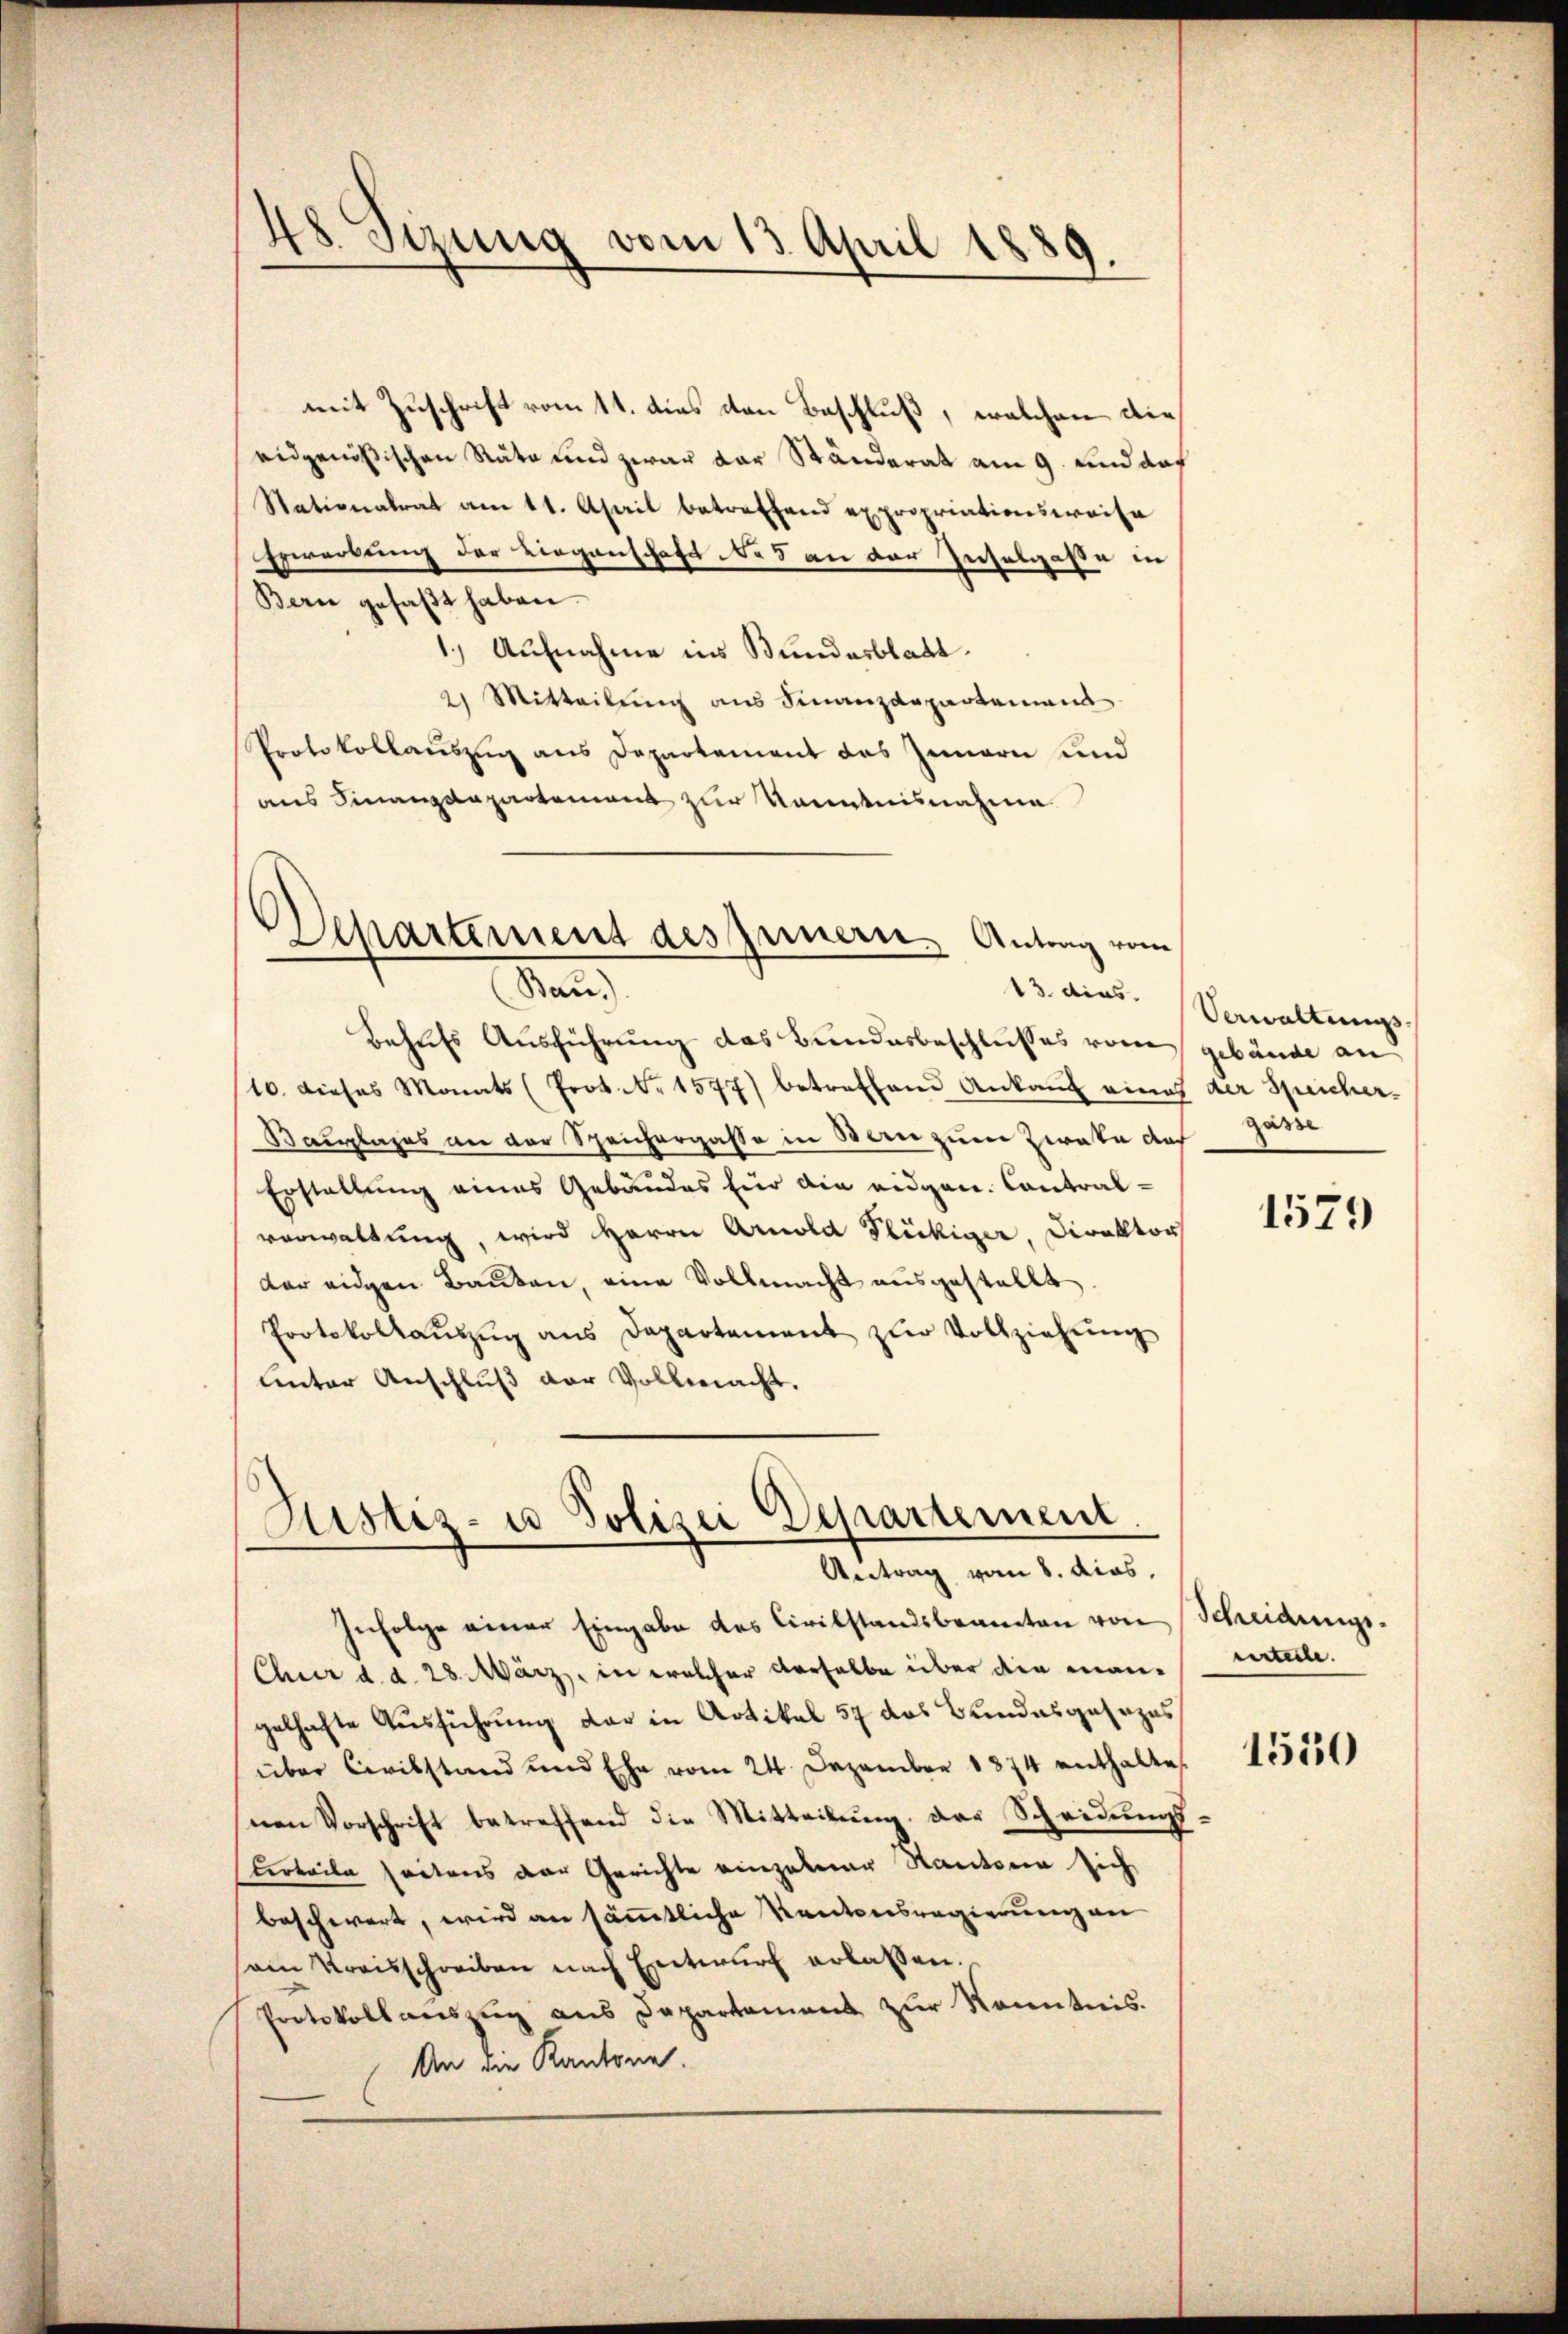
48. Sizung vom 13. April 1889.
.
¬

mit Zuschrift vom 11. dies den Beschluß, welchen dieeidgenößischen Räte und zwar der Ständerat am 9. und daf
Stationalrat am 11. April betreffend expropriationsweise
Erwerbung der Liegenschaft No 5 an der Inselgaße in
Bern gefaβt haben.
1.) Aufnahme ins Bundesblatt.
2) Mitteilung aus Finanzdepartement
Protokollauszug aus Departement das Innern und
aus Finanzdepartement zur Kenntnisnahme.

Departement des Innern. Antrag vom
Man
13. dies

Justiz- u Polizei Departement
Antrag vom 8. dies

Behufs Ausführung das Bundesbeschlusses vom gebäude an
10. dieses Monats (Prot. Nr. 1577) betreffend Ankaŭf eines der Speicher-
Bauplazes an der Speichergasse in Bern zum Zwate doch
Erstellung eines Gebäudes für die eidgen. Contralvorwaltung, wird Herrn Arnold Flückiger, Direktor
der einen Bauten, eine Vollmacht ausgestellt.
Protokollaŭszŭg ans Departement zur Vollziehung
unter Anschluß der Vollmacht.

Infolge einer Eingabe des Civilstandsbeamten von Scheidungs¬
Chur d. d. 28. März, in welcher derselbe über den mangelhafte Ausführung dar in Artikel 57 das Bundesgesezes
über Civilstand und Ehe vom 24. Dezember 1874 enthalte
nen Vorschrift betreffend die Mitteilung der Scheidungs
Certeile sectens der Gerichte einzelner Kantonen sich
beschwert, wird an sämmtliche Kantonsregierung an
sain Kreisschreiben nach Entwŭrf erlassen.
Protokoll aŭszŭg ans Departament zŭr Kenntnis.
An die Kantone.

Verwaltungs-
gasse

1579

eerteile.

1550